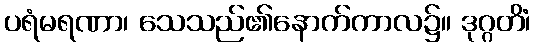
ပရံမရဏာ၊ သေသည်၏နောက်ကာလ၌။ ဒုဂ္ဂတိံ၊